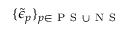
\{ \tilde { \epsilon } _ { p } \} _ { p \in \ensuremath { \mathrm { ~ P ~ S ~ } } \cup \ensuremath { \mathrm { ~ N ~ S ~ } } }